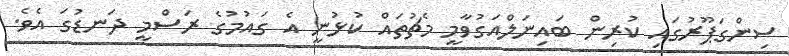
ސިންގަޕޫރުގައި ކުރިން ބައިނަލްއަގުވާމީ މެޗުތައް ކުޅުނީ އެ ގައުމުގެ ރަސްމީ ދަނޑުގަ އެވެ.